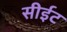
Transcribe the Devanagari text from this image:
सीईट